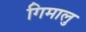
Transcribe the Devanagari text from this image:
गिमालु